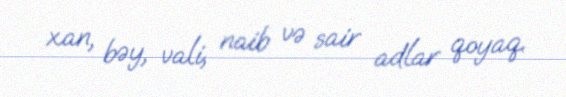
xan, bəy, vali, naib və sair adlar qoyaq.